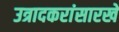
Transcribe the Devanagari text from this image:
उत्रादकरांसारखे